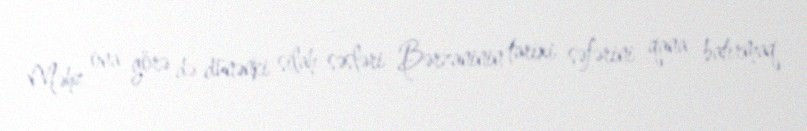
Məhz ona görə də dünənki silah səsləri Bərzaninin tarixi səfərini qana batırmaq